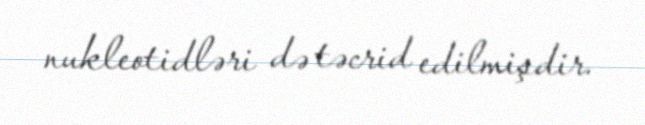
nukleotidləri də təcrid edilmişdir.